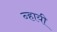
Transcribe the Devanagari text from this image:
न्हायी